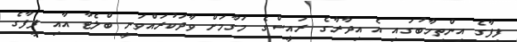
ފީފާގެ އިންތިހާބުގައި އެ އިދާރާގެ ރައީސްގެ މަގާމަށް ވާދަކުރައްވަނީ ބްލެޓާ އާއި ފީފާގެ